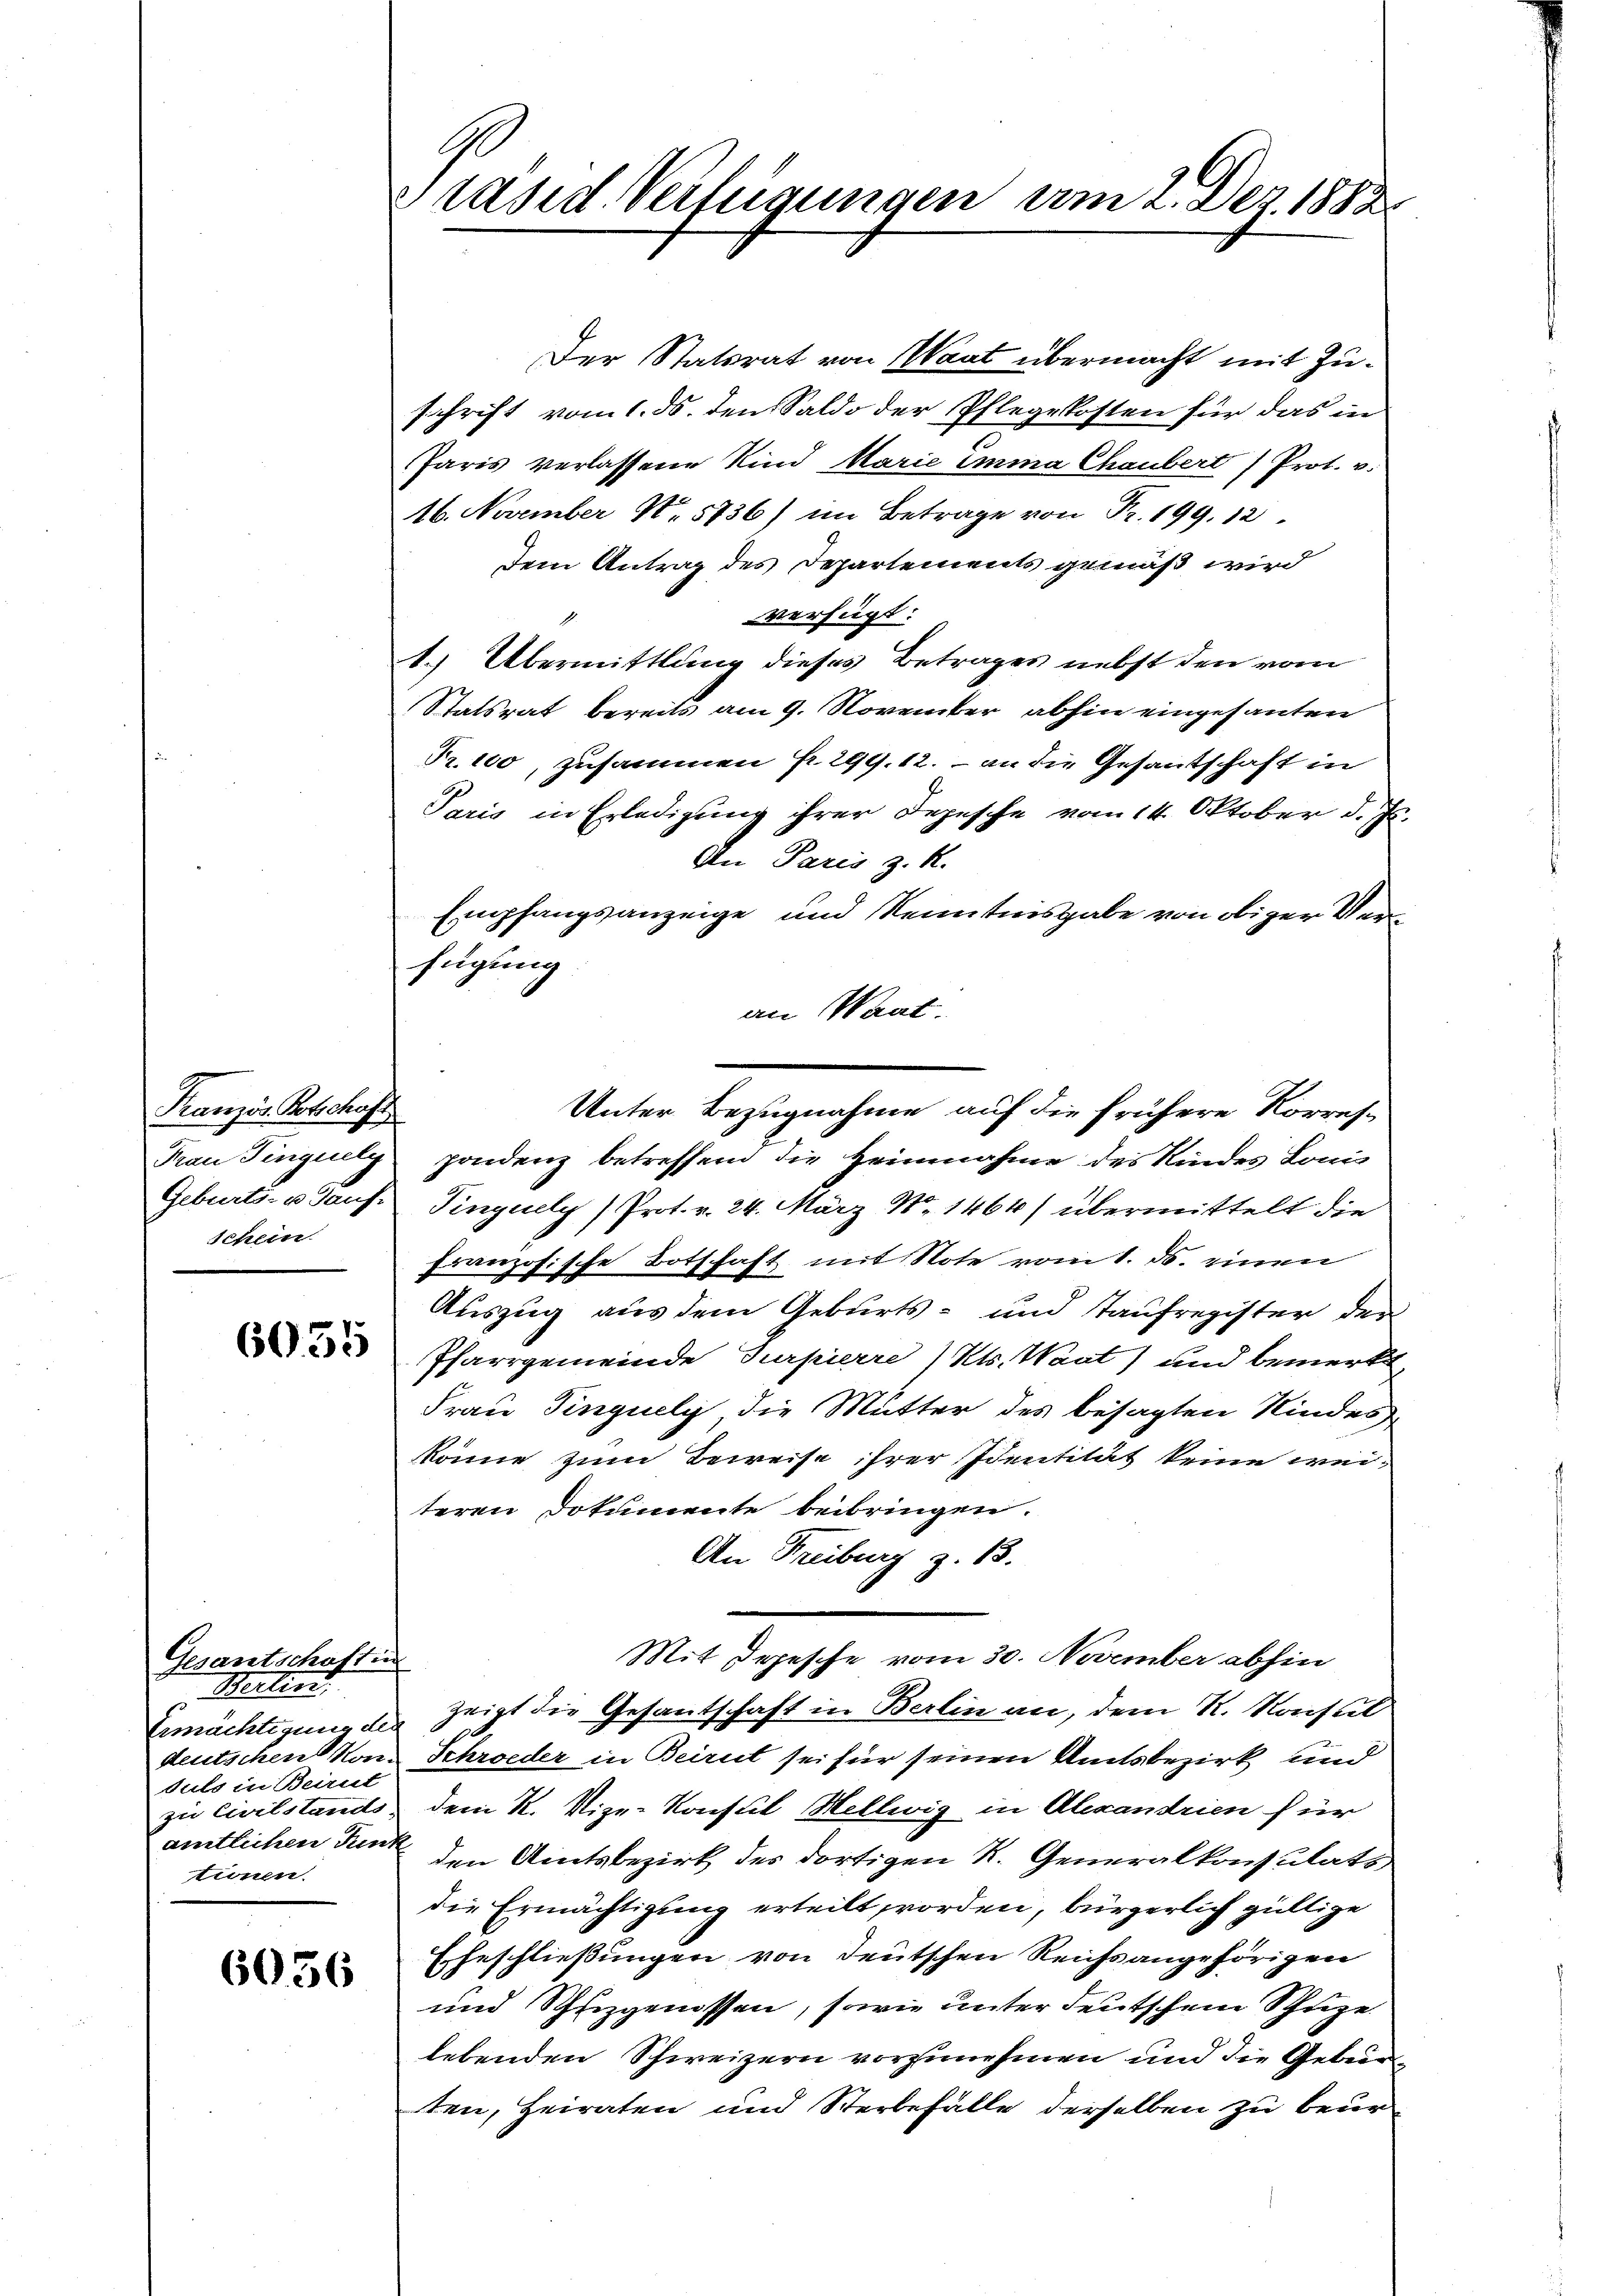
Französ. Botschaft
schein

Gesantschaftun
Beilen.
Ermächtigung des
duls in Beirut
tionen.

6056

Präsid. Verfügungen vom 2. Der 1888.

Der Statsrat von Waat übermacht mit Zuschrift vom 1. ds. den Saldo der Pflegekosten für das in
Paris verlassene Kind Marie imma Chaubert Prot. v.
16. November No 5736) im Betrage von Fr. 199. 12.
dem Antrag des Departements gemäß wird
verfügt:
1.
1.) Übermittlung dieses Betrages nebst den vom
Statsrat bereits am 9. November abhin eingesanten
Fr. 100, zusammen fr. 291. 12. – an die Gesantschaft in
Paris in Erledigung ihrer Depesche vom 14. Oktober d. Js.
An Paris z. R.
Empfangsanzeige und Kenntnisgabe von obiger Verfügung
an Maat.
Frau Singuely pondenz betreffend die Heimnahme des Kindes Lonis
Geburts- u Gaus Pinguely (Prot. v. 24. März N. 1464) übermittelt die
französische Botschaft mit Note vom 1. ds. einen
Auszug aus dem Geburts- und Taufregister der
2 Pfarrgemeinde Turpierre (Mts. Wart) und bemerkt,
Frau Tinquely, die Mutter des besagten Kindes
könne zum Beweise ihrer Identität keine weiteren Dokumente beibringen.
An Freiburg z. B.
Mit Depesche vom 30. November abhin
zeigt die Gesantschaft in Berlin an, dem R. Konsul
deutschen von Schröder in Beirut sei für seinen Amtsbezirk und
zu Civilstands dem R. Vize-Konsul Hellwig in Alexandrien für
amtlichen Funkt den Amtsbezirk des dortigen R. Generalkonsulats
die Ermächtigung erteilt worden, bürgerlich gültige
Erbeschließungen von deutschen Reichsangehörigen
und Schuzgenossen, sowie unter deutschem Schuze
lebenden Schweizern vorzunehmen und die Gebürten, Heiraten und Sterbefälle derselben zu beur

Unter Bezugnahme auf die frühere Korres¬